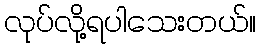
လုပ်လို့ရပါသေးတယ်။